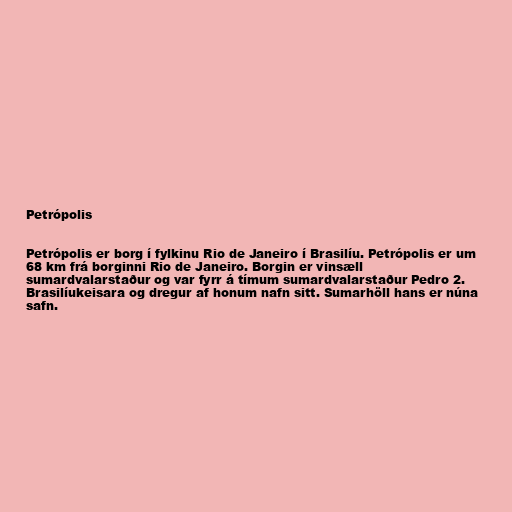
Petrópolis

Petrópolis er borg í fylkinu Rio de Janeiro í Brasilíu. Petrópolis er um
68 km frá borginni Rio de Janeiro. Borgin er vinsæll
sumardvalarstaður og var fyrr á tímum sumardvalarstaður Pedro 2.
Brasilíukeisara og dregur af honum nafn sitt. Sumarhöll hans er núna
safn.